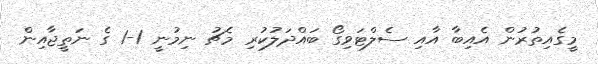
މީގެއިތުރުން އެއިބާ އާއި ސެލްޓަވިގޯ ބައްދަލުކުރި މެޗު ނިމުނީ 1-1 ގެ ނަތީޖާއިން